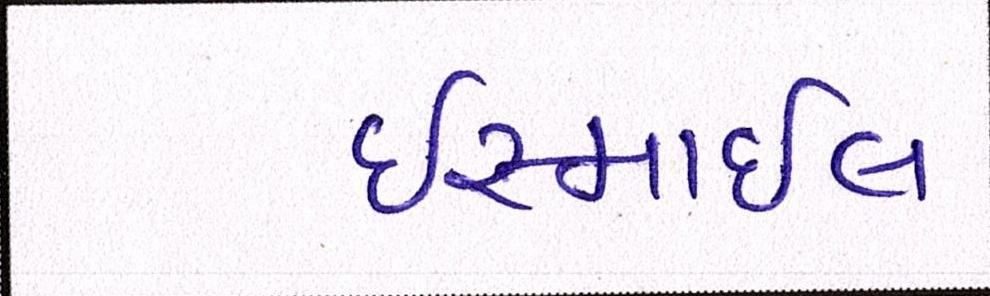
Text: ઈસ્માઈલ